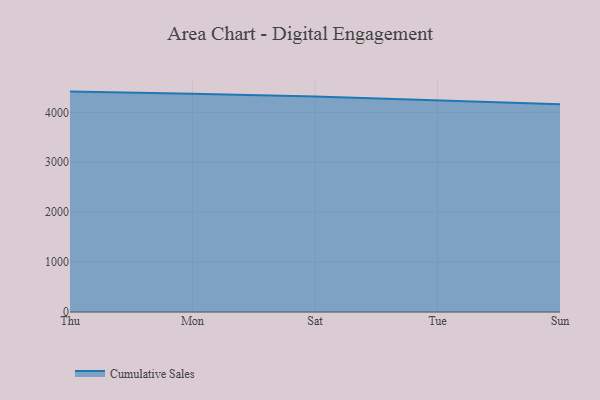
{"axis": {"x": "Day", "y": "Backlog"}, "legend": ["Cumulative Sales"], "data": [{"x": "Thu", "y": 4415.3, "type": "Cumulative Sales"}, {"x": "Mon", "y": 4374.5, "type": "Cumulative Sales"}, {"x": "Sat", "y": 4315.4, "type": "Cumulative Sales"}, {"x": "Tue", "y": 4233.1, "type": "Cumulative Sales"}, {"x": "Sun", "y": 4163.5, "type": "Cumulative Sales"}]}